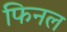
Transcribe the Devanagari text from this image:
फिनल